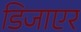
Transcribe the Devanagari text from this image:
डिजाएर